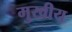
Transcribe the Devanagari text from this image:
मुखीय